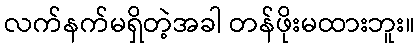
လက်နက်မရှိတဲ့အခါ တန်ဖိုးမထားဘူး။